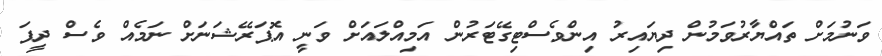
ވަނުމަށް ތައްޔާރުވަމުން ދިޔައިރު އިންވެސްޓިގޭޓަރުން އަމިއްލައަށް ވަނީ އޮޕަރޭޝަނަށް ނަމެއް ވެސް ދީފަ